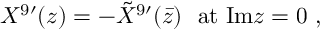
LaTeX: X ^ { 9 \prime } ( z ) = - { \tilde { X } } ^ { 9 \prime } ( \bar { z } ) \ \ \mathrm { a t \ I m } z = 0 \ ,